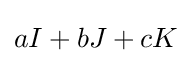
aI+bJ+cK